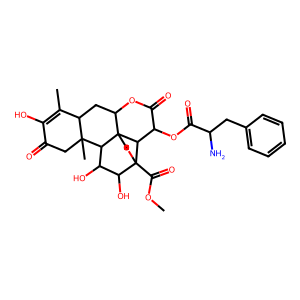
SMILES: COC(=O)C12OCC34C(CC5C(C)=C(O)C(=O)CC5(C)C3C(O)C1O)OC(=O)C(OC(=O)C(N)Cc1ccccc1)C24
Inhibits HIV replication: No